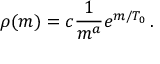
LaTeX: \rho ( m ) = c { \frac { 1 } { m ^ { a } } } e ^ { m / T _ { 0 } } \, .